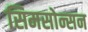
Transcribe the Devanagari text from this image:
सिमसोन्सन